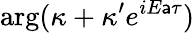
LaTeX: \arg(\kappa+\kappa^{\prime}e^{iE\mathsf{a}\tau})